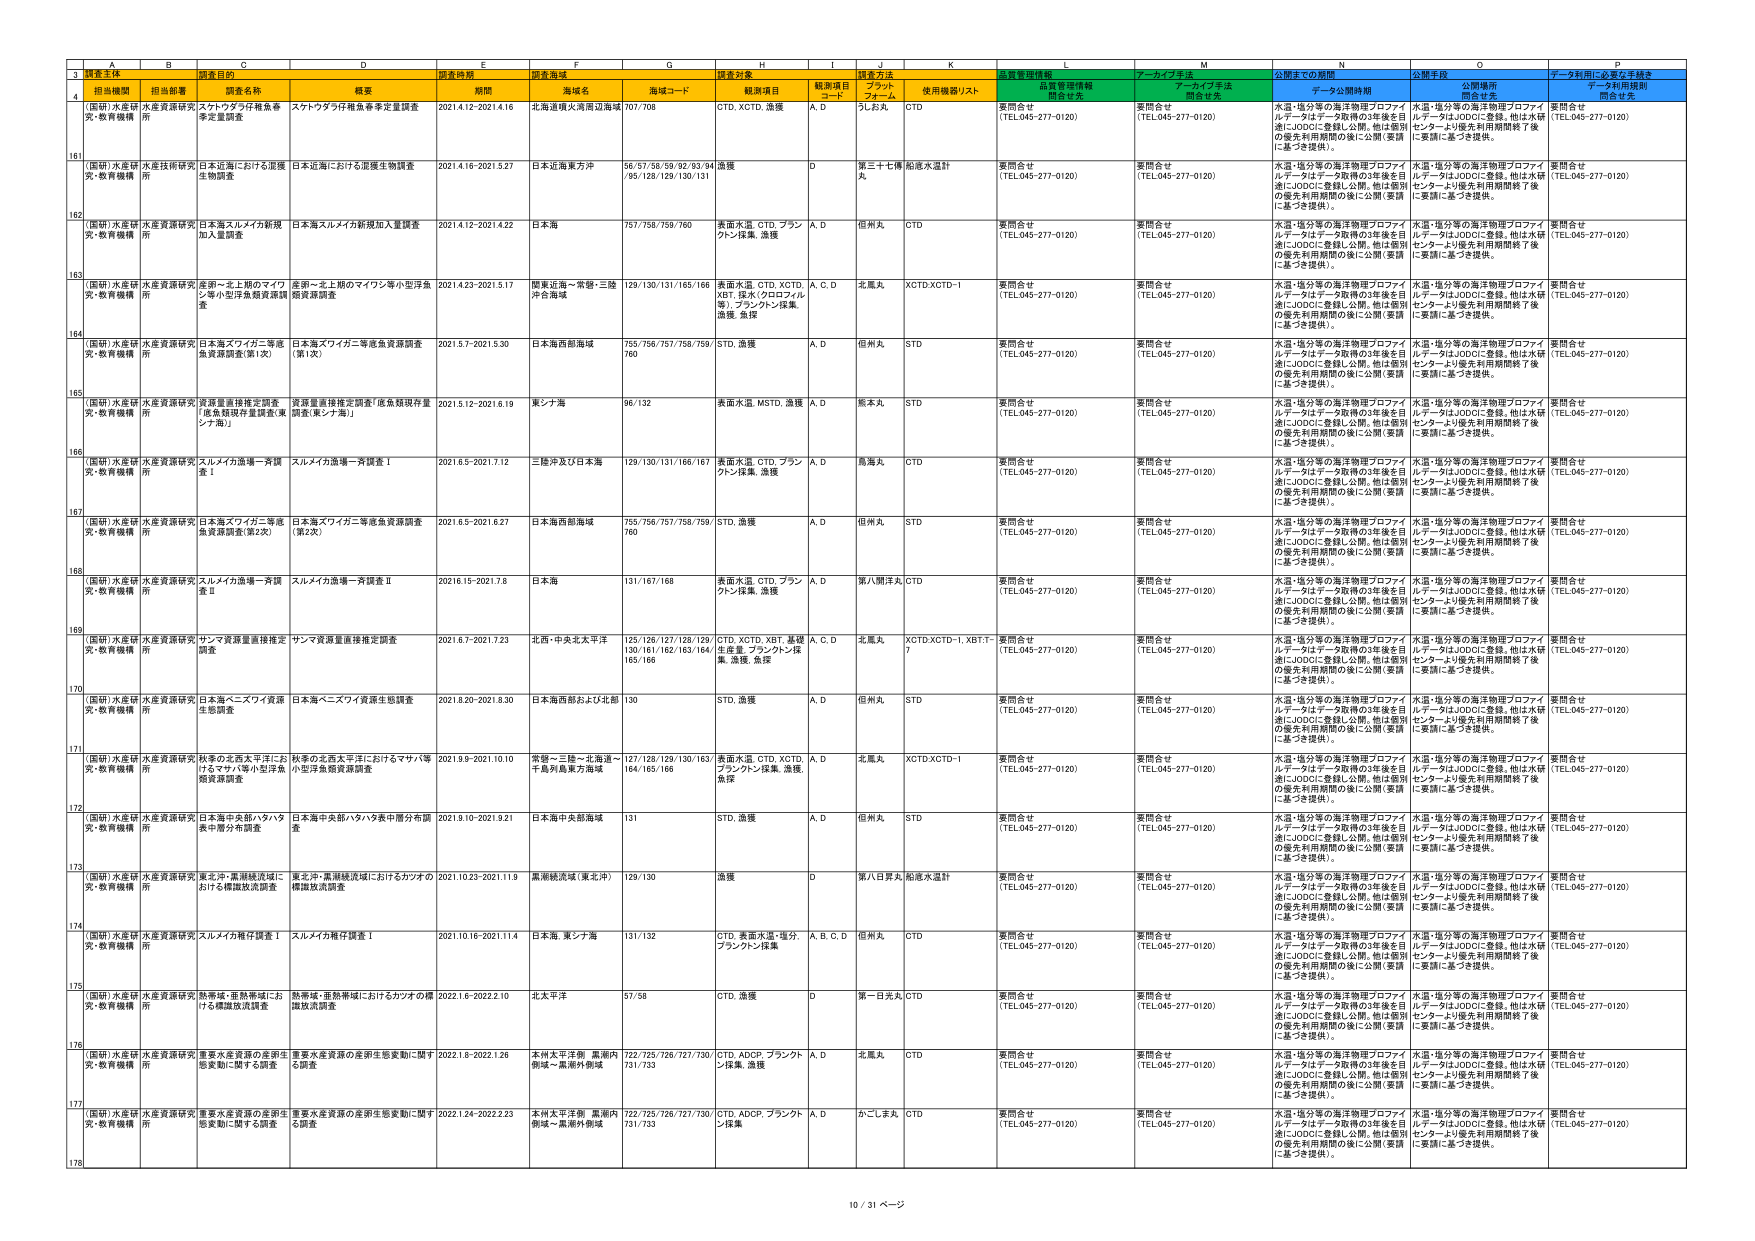
3
A B C D E F G H I J K L M N O P
調査主体 調査目的 調査時期 調査海域 調査対象 調査方法 質量管理情報 アーカイブ手法 公開までの期間 公開手段 データ利用に必要な手続き
担当機関 担当部署 調査名称 概要 期間 海域名 海域コード 観測項目 観測項目 コード 使用機器リスト 品質管理情報 関係者名 アーカイブ手法 関係者名 データ利用規則 関係者名
4
(国研)水産研 究・教育機構 水産資源研究 所 スケトウダラ仔稚魚希 チ定量調査 スケトウダラ仔稚魚希チ定量調査 2021.4.12-2021.4.16 北海道根占湾周辺海域 707/708 CTD, XCTD, 漁獲 A, D 孔丸A CTD 要問合せ (TEL.045-277-0120) 要問合せ (TEL.045-277-0120) 水温・塩分等の海洋物理プロファイ ルデータはデータ取得の3年後を目 満にJODCに登録し公開。他は個別 の優先利用期間の後に公開(要請 に基づき提供)。 水温・塩分等の海洋物理プロファイ ルデータはJODCに登録。他は水研 センターより優先利用期間終了後 に要請に基づき提供。 要問合せ (TEL.045-277-0120)
161
(国研)水産研 究・教育機構 水産技術研究 所 日本近海における底棲 生物調査 日本近海における底棲生物調査 2021.4.16-2021.5.27 日本近海東方沖 56/57/58/59/92/93/94 /95/128/129/130/131 漁獲 D 第三十七種 船底水温計 要問合せ (TEL.045-277-0120) 要問合せ (TEL.045-277-0120) 水温・塩分等の海洋物理プロファイ ルデータはデータ取得の3年後を目 満にJODCに登録し公開。他は個別 の優先利用期間の後に公開(要請 に基づき提供)。 水温・塩分等の海洋物理プロファイ ルデータはJODCに登録。他は水研 センターより優先利用期間終了後 に要請に基づき提供。 要問合せ (TEL.045-277-0120)
162
(国研)水産研 究・教育機構 水産資源研究 所 日本海スルメイカ新規 加入量調査 日本海スルメイカ新規加入量調査 2021.4.12-2021.4.22 日本海 757/758/759/760 表面水温, CTD, ブラン クトン採集, 漁獲 A, D 但州丸 CTD 要問合せ (TEL.045-277-0120) 要問合せ (TEL.045-277-0120) 水温・塩分等の海洋物理プロファイ ルデータはデータ取得の3年後を目 満にJODCに登録し公開。他は個別 の優先利用期間の後に公開(要請 に基づき提供)。 水温・塩分等の海洋物理プロファイ ルデータはJODCに登録。他は水研 センターより優先利用期間終了後 に要請に基づき提供。 要問合せ (TEL.045-277-0120)
163
(国研)水産研 究・教育機構 水産資源研究 所 金剛～北上期のマイワ シ等小型浮魚類資源調 査 金剛～北上期のマイワシ等小型浮魚 類資源調査 2021.4.23-2021.5.17 関東近海～常磐・三陸 沖合海域 129/130/131/165/166 表面水温, CTD, XCTD, XBT, 採水(クロロフィル 等), ブランクトン採集, 漁獲, 魚卵 A, C, D 北風丸 XCTD,XCTD-1 要問合せ (TEL.045-277-0120) 要問合せ (TEL.045-277-0120) 水温・塩分等の海洋物理プロファイ ルデータはデータ取得の3年後を目 満にJODCに登録し公開。他は個別 の優先利用期間の後に公開(要請 に基づき提供)。 水温・塩分等の海洋物理プロファイ ルデータはJODCに登録。他は水研 センターより優先利用期間終了後 に要請に基づき提供。 要問合せ (TEL.045-277-0120)
164
(国研)水産研 究・教育機構 水産資源研究 所 日本海スワイガニ等底 魚資源調査(第1次) 日本海スワイガニ等底魚資源調査 (第1次) 2021.5.7-2021.5.30 日本海西部海域 755/756/757/758/759/ 760 STD, 漁獲 A, D 但州丸 STD 要問合せ (TEL.045-277-0120) 要問合せ (TEL.045-277-0120) 水温・塩分等の海洋物理プロファイ ルデータはデータ取得の3年後を目 満にJODCに登録し公開。他は個別 の優先利用期間の後に公開(要請 に基づき提供)。 水温・塩分等の海洋物理プロファイ ルデータはJODCに登録。他は水研 センターより優先利用期間終了後 に要請に基づき提供。 要問合せ (TEL.045-277-0120)
165
(国研)水産研 究・教育機構 水産資源研究 所 資源量直接推定調査 「底魚取扱件量調査(東 シナ海)」 資源量直接推定調査「底魚取扱存量 調査(東シナ海)」 2021.5.12-2021.6.19 東シナ海 96/132 表面水温, MSTD, 漁獲 A, D 熊本丸 STD 要問合せ (TEL.045-277-0120) 要問合せ (TEL.045-277-0120) 水温・塩分等の海洋物理プロファイ ルデータはデータ取得の3年後を目 満にJODCに登録し公開。他は個別 の優先利用期間の後に公開(要請 に基づき提供)。 水温・塩分等の海洋物理プロファイ ルデータはJODCに登録。他は水研 センターより優先利用期間終了後 に要請に基づき提供。 要問合せ (TEL.045-277-0120)
166
(国研)水産研 究・教育機構 水産資源研究 所 スルメイカ漁場一斉調 査Ⅰ スルメイカ漁場一斉調査Ⅰ 2021.6.5-2021.7.12 三陸沖及び日本海 129/130/131/166/167 表面水温, CTD, ブラン クトン採集, 漁獲 A, D 鳥海丸 CTD 要問合せ (TEL.045-277-0120) 要問合せ (TEL.045-277-0120) 水温・塩分等の海洋物理プロファイ ルデータはデータ取得の3年後を目 満にJODCに登録し公開。他は個別 の優先利用期間の後に公開(要請 に基づき提供)。 水温・塩分等の海洋物理プロファイ ルデータはJODCに登録。他は水研 センターより優先利用期間終了後 に要請に基づき提供。 要問合せ (TEL.045-277-0120)
167
(国研)水産研 究・教育機構 水産資源研究 所 日本海スワイガニ等底 魚資源調査(第2次) 日本海スワイガニ等底魚資源調査 (第2次) 2021.6.5-2021.6.27 日本海西部海域 755/756/757/758/759/ 760 STD, 漁獲 A, D 但州丸 STD 要問合せ (TEL.045-277-0120) 要問合せ (TEL.045-277-0120) 水温・塩分等の海洋物理プロファイ ルデータはデータ取得の3年後を目 満にJODCに登録し公開。他は個別 の優先利用期間の後に公開(要請 に基づき提供)。 水温・塩分等の海洋物理プロファイ ルデータはJODCに登録。他は水研 センターより優先利用期間終了後 に要請に基づき提供。 要問合せ (TEL.045-277-0120)
168
(国研)水産研 究・教育機構 水産資源研究 所 スルメイカ漁場一斉調 査Ⅱ スルメイカ漁場一斉調査Ⅱ 2021.6.15-2021.7.8 日本海 131/167/168 表面水温, CTD, ブラン クトン採集, 漁獲 A, D 第八開洋丸 CTD 要問合せ (TEL.045-277-0120) 要問合せ (TEL.045-277-0120) 水温・塩分等の海洋物理プロファイ ルデータはデータ取得の3年後を目 満にJODCに登録し公開。他は個別 の優先利用期間の後に公開(要請 に基づき提供)。 水温・塩分等の海洋物理プロファイ ルデータはJODCに登録。他は水研 センターより優先利用期間終了後 に要請に基づき提供。 要問合せ (TEL.045-277-0120)
169
(国研)水産研 究・教育機構 水産資源研究 所 サマメ資源量直接推定 調査 サマメ資源量直接推定調査 2021.6.7-2021.7.23 北西・中央北太平洋 125/126/127/128/129/ 130/161/162/163/164/ 165/166 CTD, XCTD, XBT, 基礎 生産量, ブランクトン採 集, 漁獲, 魚卵 A, C, D 北風丸 XCTD,XCTD-1, XBT-1~ 7 要問合せ (TEL.045-277-0120) 要問合せ (TEL.045-277-0120) 水温・塩分等の海洋物理プロファイ ルデータはデータ取得の3年後を目 満にJODCに登録し公開。他は個別 の優先利用期間の後に公開(要請 に基づき提供)。 水温・塩分等の海洋物理プロファイ ルデータはJODCに登録。他は水研 センターより優先利用期間終了後 に要請に基づき提供。 要問合せ (TEL.045-277-0120)
170
(国研)水産研 究・教育機構 水産資源研究 所 日本海ベニズワイ資源 生態調査 日本海ベニズワイ資源生態調査 2021.8.20-2021.8.30 日本海西部および北部 130 STD, 漁獲 A, D 但州丸 STD 要問合せ (TEL.045-277-0120) 要問合せ (TEL.045-277-0120) 水温・塩分等の海洋物理プロファイ ルデータはデータ取得の3年後を目 満にJODCに登録し公開。他は個別 の優先利用期間の後に公開(要請 に基づき提供)。 水温・塩分等の海洋物理プロファイ ルデータはJODCに登録。他は水研 センターより優先利用期間終了後 に要請に基づき提供。 要問合せ (TEL.045-277-0120)
171
(国研)水産研 究・教育機構 水産資源研究 所 秋季の北西太平洋にお けるマサバ等小型浮魚 類資源調査 秋季の北西太平洋におけるマサバ等 小型浮魚類資源調査 2021.9.9-2021.10.10 常磐～三陸～北海道～ 千島列島東方海域 127/128/129/130/163 /164/165/166 表面水温, CTD, XCTD, ブランクトン採集, 漁獲, 魚卵 A, D 北風丸 XCTD,XCTD-1 要問合せ (TEL.045-277-0120) 要問合せ (TEL.045-277-0120) 水温・塩分等の海洋物理プロファイ ルデータはデータ取得の3年後を目 満にJODCに登録し公開。他は個別 の優先利用期間の後に公開(要請 に基づき提供)。 水温・塩分等の海洋物理プロファイ ルデータはJODCに登録。他は水研 センターより優先利用期間終了後 に要請に基づき提供。 要問合せ (TEL.045-277-0120)
172
(国研)水産研 究・教育機構 水産資源研究 所 日本海中部部ハタハタ 振中部分布調査 日本海中部部ハタハタ振中部分布調 査 2021.9.10-2021.9.21 日本海中部部海域 131 STD, 漁獲 A, D 但州丸 STD 要問合せ (TEL.045-277-0120) 要問合せ (TEL.045-277-0120) 水温・塩分等の海洋物理プロファイ ルデータはデータ取得の3年後を目 満にJODCに登録し公開。他は個別 の優先利用期間の後に公開(要請 に基づき提供)。 水温・塩分等の海洋物理プロファイ ルデータはJODCに登録。他は水研 センターより優先利用期間終了後 に要請に基づき提供。 要問合せ (TEL.045-277-0120)
173
(国研)水産研 究・教育機構 水産資源研究 所 東北沖・黒潮経済域に おける構造放流調査 東北沖・黒潮経済域におけるカツオの 構造放流調査 2021.10.23-2021.11.9 黒潮経済域(東北沖) 129/130 漁獲 D 第八日昇丸 船底水温計 要問合せ (TEL.045-277-0120) 要問合せ (TEL.045-277-0120) 水温・塩分等の海洋物理プロファイ ルデータはデータ取得の3年後を目 満にJODCに登録し公開。他は個別 の優先利用期間の後に公開(要請 に基づき提供)。 水温・塩分等の海洋物理プロファイ ルデータはJODCに登録。他は水研 センターより優先利用期間終了後 に要請に基づき提供。 要問合せ (TEL.045-277-0120)
174
(国研)水産研 究・教育機構 水産資源研究 所 スルメイカ稚仔調査Ⅰ スルメイカ稚仔調査Ⅰ 2021.10.16-2021.11.4 日本海, 東シナ海 131/132 CTD, 表面水温, 塩分, ブランクトン採集 A, B, C, D 但州丸 CTD 要問合せ (TEL.045-277-0120) 要問合せ (TEL.045-277-0120) 水温・塩分等の海洋物理プロファイ ルデータはデータ取得の3年後を目 満にJODCに登録し公開。他は個別 の優先利用期間の後に公開(要請 に基づき提供)。 水温・塩分等の海洋物理プロファイ ルデータはJODCに登録。他は水研 センターより優先利用期間終了後 に要請に基づき提供。 要問合せ (TEL.045-277-0120)
175
(国研)水産研 究・教育機構 水産資源研究 所 熱帯域・亜熱帯域にお ける構造放流調査 熱帯域・亜熱帯域におけるカツオの構 造放流調査 2021.6-2022.2.10 北太平洋 57/58 CTD, 漁獲 D 第一日光丸 CTD 要問合せ (TEL.045-277-0120) 要問合せ (TEL.045-277-0120) 水温・塩分等の海洋物理プロファイ ルデータはデータ取得の3年後を目 満にJODCに登録し公開。他は個別 の優先利用期間の後に公開(要請 に基づき提供)。 水温・塩分等の海洋物理プロファイ ルデータはJODCに登録。他は水研 センターより優先利用期間終了後 に要請に基づき提供。 要問合せ (TEL.045-277-0120)
176
(国研)水産研 究・教育機構 水産資源研究 所 重要水産資源の産卵生 態変動に関する調査 重要水産資源の産卵生態変動に関す る調査 2021.8-2022.1.26 本州太平洋側 黒潮内 側域～黒潮外側域 722/725/726/727/730/ 731/733 CTD, ADCP, ブランクト ン採集, 漁獲 A, D 北風丸 CTD 要問合せ (TEL.045-277-0120) 要問合せ (TEL.045-277-0120) 水温・塩分等の海洋物理プロファイ ルデータはデータ取得の3年後を目 満にJODCに登録し公開。他は個別 の優先利用期間の後に公開(要請 に基づき提供)。 水温・塩分等の海洋物理プロファイ ルデータはJODCに登録。他は水研 センターより優先利用期間終了後 に要請に基づき提供。 要問合せ (TEL.045-277-0120)
177
(国研)水産研 究・教育機構 水産資源研究 所 重要水産資源の産卵生 態変動に関する調査 重要水産資源の産卵生態変動に関す る調査 2022.1.24-2022.2.23 本州太平洋側 黒潮内 側域～黒潮外側域 722/725/726/727/730/ 731/733 CTD, ADCP, ブランクト ン採集 A, D かごしま丸 CTD 要問合せ (TEL.045-277-0120) 要問合せ (TEL.045-277-0120) 水温・塩分等の海洋物理プロファイ ルデータはデータ取得の3年後を目 満にJODCに登録し公開。他は個別 の優先利用期間の後に公開(要請 に基づき提供)。 水温・塩分等の海洋物理プロファイ ルデータはJODCに登録。他は水研 センターより優先利用期間終了後 に要請に基づき提供。 要問合せ (TEL.045-277-0120)
178
10 / 31 ページ